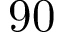
9 0